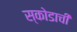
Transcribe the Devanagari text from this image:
स्कोडाची